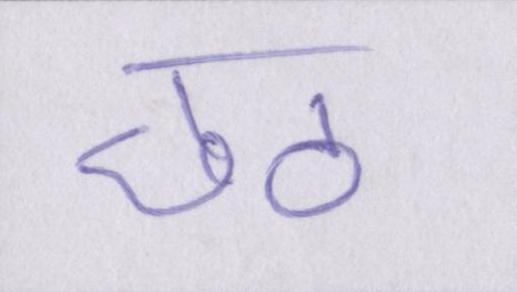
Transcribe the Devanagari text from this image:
छठ